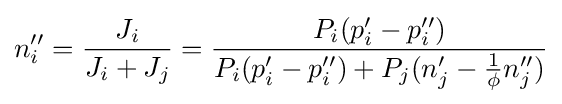
n_{i}''={\frac {J_{i}}{J_{i}+J_{j}}}={\frac {P_{i}(p_{i}'-p_{i}'')}{P_{i}(p_{i}'-p_{i}'')+P_{j}(n_{j}'-{\frac {1}{\phi }}n_{j}'')}}